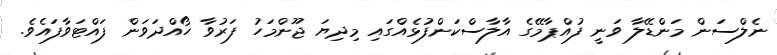
ނެލްސަން މަންޑޭލާ ވަނީ ފުއްޕާމޭގެ އާލާސްކަންފުޅެއްގައި މިދިޔަ ޖޫންމަހު ފަރުވާ ހޯއްދަވަން ފައްޓަވާފައެވެ.